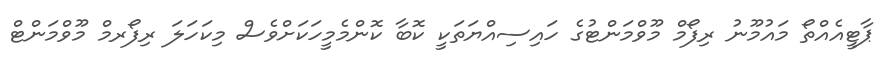
ޕާޓީއެއްތޯ މައުމޫނު ރިފޯމް މޫވްމަންޓުގެ ހައިސިއްޔަތަކީ ކޮބާ ކޮންމެމީހަކަށްވެސް މިކަހަލަ ރިފޯރމް މޫވްމަންޓް